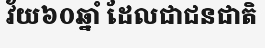
វ័យ៦០ឆ្នាំ ដែលជាជនជាតិ